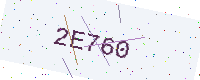
Text: 2E760